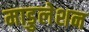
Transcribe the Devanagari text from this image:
माडुलेशन